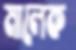
মালেক